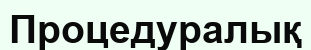
Процедуралық